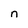
Character: n